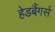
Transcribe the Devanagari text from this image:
हेडबैंगर्स